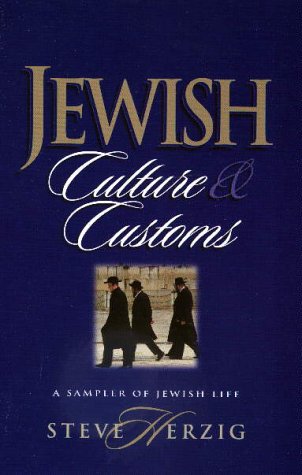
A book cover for Jewish Culture and Customs: A Sampler of Jewish Life; Steve Herzig; Christian Books & Bibles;